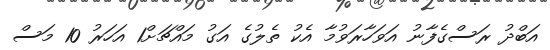
އަބްދު ރަސްގެފާނު އަވަހާރަވުމާ އެކު ތެލުގެ އަގު މައްޗަށް1 އަހަރު 10 މަސް